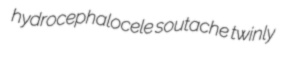
hydrocephalocele soutache twinly